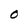
Character: O